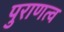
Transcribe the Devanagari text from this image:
पुराणत्व